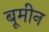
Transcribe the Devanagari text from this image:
बूमीन